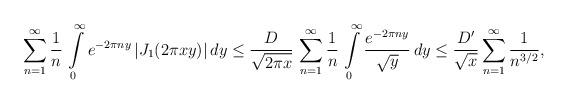
LaTeX: \begin{align*}\sum_{n=1}^{\infty}\frac{1}{n}\,\intop_{0}^{\infty}e^{-2\pi ny}\,|J_{1}(2\pi xy)|\,dy\leq\frac{D}{\sqrt{2\pi x}}\,\sum_{n=1}^{\infty}\frac{1}{n}\,\intop_{0}^{\infty}\frac{e^{-2\pi ny}}{\sqrt{y}}\,dy\leq\frac{D^{\prime}}{\sqrt{x}}\sum_{n=1}^{\infty}\frac{1}{n^{3/2}},\end{align*}